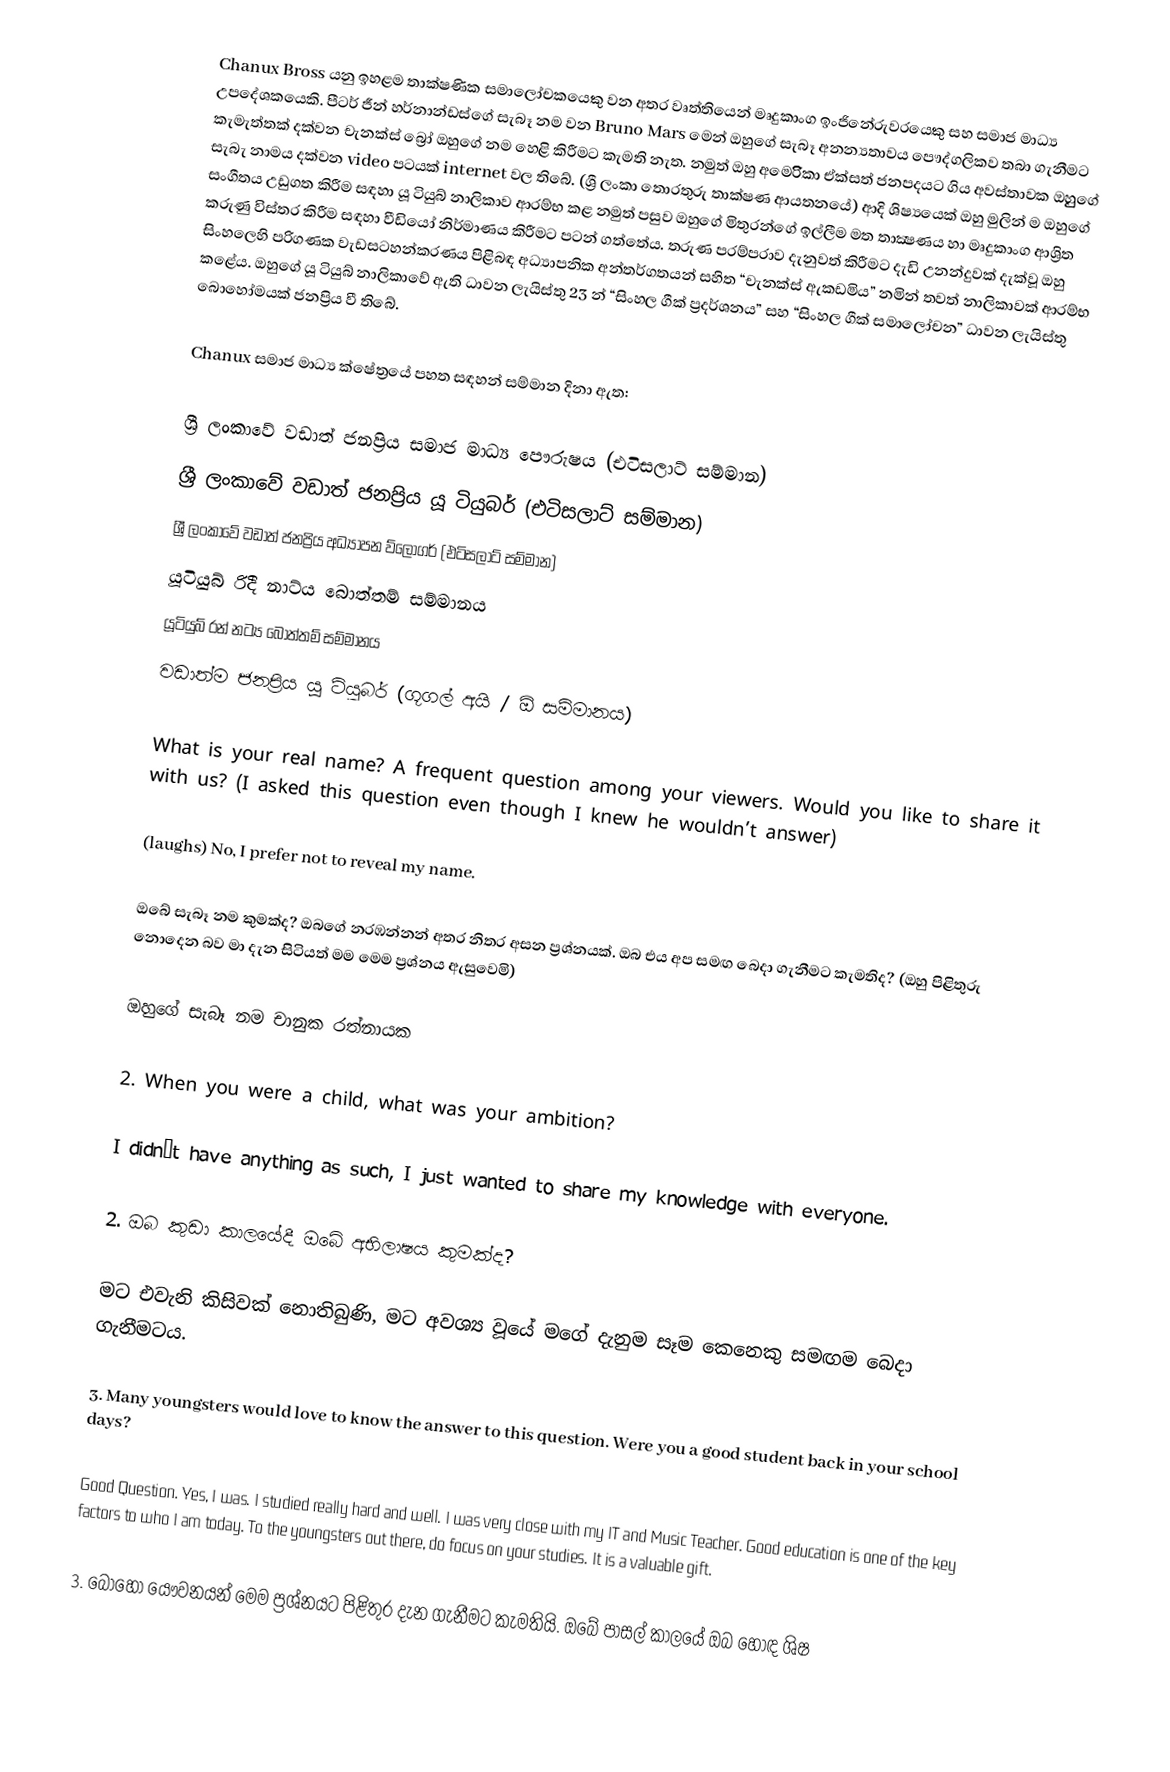
Chanux Bross යනු ඉහළම තාක්ෂණික සමාලෝචකයෙකු වන අතර වෘත්තියෙන් මෘදුකාංග ඉංජිනේරුවරයෙකු සහ සමාජ මාධ්‍ය උපදේශකයෙකි. පීටර් ජීන් හර්නාන්ඩස්ගේ සැබෑ නම වන Bruno Mars මෙන් ඔහුගේ සැබෑ අනන්‍යතාවය පෞද්ගලිකව තබා ගැනීමට කැමැත්තක් දක්වන චැනක්ස් බ්‍රෝ ඔහුගේ නම හෙළි කිරීමට කැමති නැත. නමුත් ඔහු අමෙරිිකා ඒක්සත් ජනපදයට ගිය අවස්තාවක ඔහුුුුගේ සැබැ නාමය ‌දක්වන ‌video පටයක් internet වල තිබේ. (ශ්‍රී ලංකා තොරතුරු තාක්ෂණ ආයතනයේ) ආදි ශිෂ්‍යයෙක් ඔහු මුලින් ම ඔහුගේ සංගීතය උඩුගත කිරීම සඳහා යූ ටියුබ් නාලිකාව ආරම්භ කළ නමුත් පසුව ඔහුගේ මිතුරන්ගේ ඉල්ලීම මත තාක්‍ෂණය හා මෘදුකාංග ආශ්‍රිත කරුණු විස්තර කිරීම සඳහා වීඩියෝ නිර්මාණය කිරීමට පටන් ගත්තේය. තරුණ පරම්පරාව දැනුවත් කිරීමට දැඩි උනන්දුවක් දැක්වූ ඔහු සිංහලෙහි පරිගණක වැඩසටහන්කරණය පිළිබඳ අධ්‍යාපනික අන්තර්ගතයන් සහිත “චැනක්ස් ඇකඩමිය” නමින් තවත් නාලිකාවක් ආරම්භ කළේය. ඔහුගේ යූ ටියුබ් නාලිකාවේ ඇති ධාවන ලැයිස්තු 23 න් “සිංහල ගීක් ප්‍රදර්ශනය” සහ “සිංහල ගීක් සමාලෝචන” ධාවන ලැයිස්තු බොහෝමයක් ජනප්‍රිය වී තිබේ.

Chanux සමාජ මාධ්‍ය ක්ෂේත්‍රයේ පහත සඳහන් සම්මාන දිනා ඇත:

 ශ්‍රී ලංකාවේ වඩාත් ජනප්‍රිය සමාජ මාධ්‍ය පෞරුෂය (එටිසලාට් සම්මාන)
 ශ්‍රී ලංකාවේ වඩාත් ජනප්‍රිය යූ ටියුබර් (එටිසලාට් සම්මාන)
 ශ්‍රී ලංකාවේ වඩාත් ජනප්‍රිය අධ්‍යාපන ව්ලෝගර් (එටිසලාට් සම්මාන)
 යූටියුබ් රිදී නාට්ය බොත්තම් සම්මානය
යූටියුබ් රන් නට්‍ය බොත්තම් සම්මානය
 වඩාත්ම ජනප්‍රිය යූ ටියුබර් (ගූගල් අයි / ඕ සම්මානය)

 What is your real name? A frequent question among your viewers. Would you like to share it with us? (I asked this question even though I knew he wouldn’t answer)

 (laughs) No, I prefer not to reveal my name.

 ඔබේ සැබෑ නම කුමක්ද? ඔබගේ නරඹන්නන් අතර නිතර අසන ප්‍රශ්නයක්. ඔබ එය අප සමඟ බෙදා ගැනීමට කැමතිද? (ඔහු පිළිතුරු නොදෙන බව මා දැන සිටියත් මම මෙම ප්‍රශ්නය ඇසුවෙමි)

ඔහුගේ සැබෑ නම චානුක රත්නායක

2. When you were a child, what was your ambition?

 I didn’t have anything as such, I just wanted to share my knowledge with everyone.

2. ඔබ කුඩා කාලයේදී ඔබේ අභිලාෂය කුමක්ද?

 මට එවැනි කිසිවක් නොතිබුණි, මට අවශ්‍ය වූයේ මගේ දැනුම සෑම කෙනෙකු සමඟම බෙදා ගැනීමටය.

3. Many youngsters would love to know the answer to this question. Were you a good student back in your school days?

 Good Question. Yes, I was. I studied really hard and well. I was very close with my IT and Music Teacher. Good education is one of the key factors to who I am today. To the youngsters out there, do focus on your studies. It is a valuable gift.

3. බොහෝ යෞවනයන් මෙම ප්‍රශ්නයට පිළිතුර දැන ගැනීමට කැමතියි. ඔබේ පාසල් කාලයේ ඔබ හොඳ ශිෂ